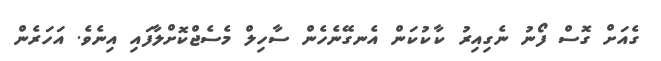
ގެއަށް ގޮސް ފޯނު ނެގިއިރު ކާކުކަން އެނގޭނެހެން ސާހިލް މެސެޖްކޮށްލާފައި އިނެވެ. އަހަރެން